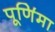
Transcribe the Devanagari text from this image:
पूणि॔मा